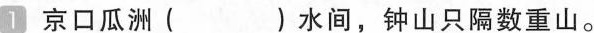
1 京口瓜洲( )水间，钟山只隔数重山。